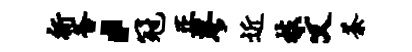
祈釜，冠正蓼近枝文荼